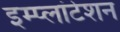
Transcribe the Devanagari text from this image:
इम्प्लांटेशन